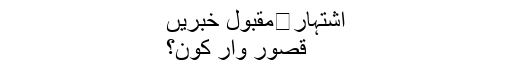
اشتہار	مقبول خبریں
قصور وار کون؟